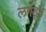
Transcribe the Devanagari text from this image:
लगडून